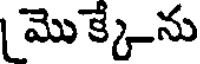
మొ క్కే-ను